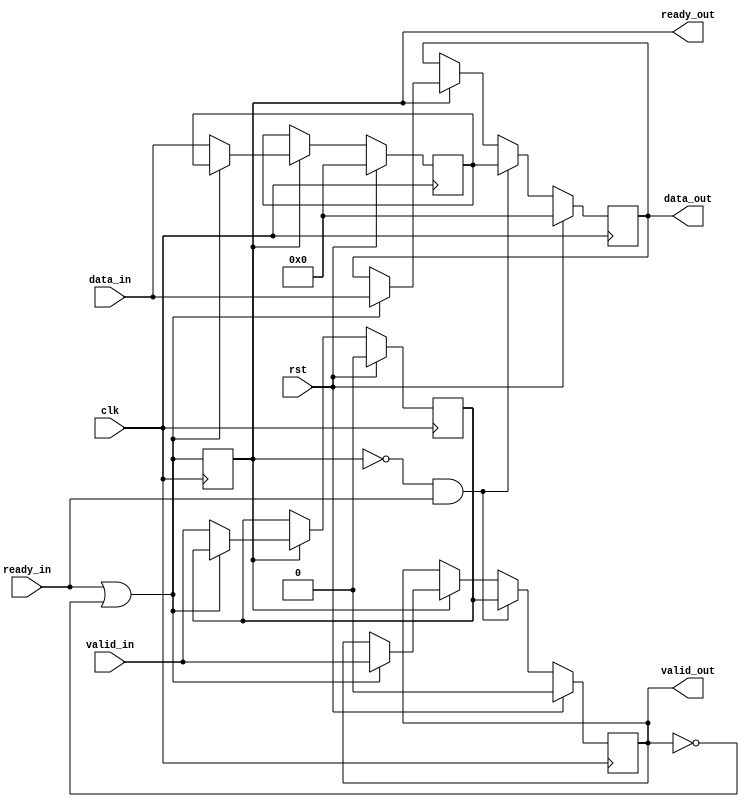
// This program was cloned from: https://github.com/CMU-SAFARI/SoftMC
// License: MIT License

`timescale 1ps / 1ps

module pipe_reg #(parameter WIDTH = 8) (
        input clk,
        input rst,
        
        input ready_in,
        input valid_in,
        input[WIDTH - 1:0] data_in,
        output valid_out,
        output[WIDTH - 1:0] data_out,
        output ready_out
    );
    
    (* keep = "true" *) reg r_ready, r_valid1, r_valid2;
    (* keep = "true" *) reg[WIDTH - 1:0] r_data1, r_data2;
    
    wire first_buf_ready = ready_in | ~r_valid1;
    
    assign data_out = r_data1;
    assign valid_out = r_valid1;
    assign ready_out = r_ready;
    
    always@(posedge clk)
    begin
        if(rst) begin
            r_data1 <= 0;
            r_data2 <= 0;
            r_ready <= 0;
            r_valid1 <= 0;
            r_valid2 <= 0;
        end
        else begin
            //data acquisition
            if(r_ready) begin
                if(first_buf_ready) begin
                    r_data1 <= data_in;
                    r_valid1 <= valid_in;
                end
                else begin
                    r_data2 <= data_in;
                    r_valid2 <= valid_in;
                end
            end //r_ready
            
            //data shift
            if(~r_ready & ready_in) begin
                r_data1 <= r_data2;
                r_valid1 <= r_valid2;
            end
        end
        
        //control
        r_ready <= first_buf_ready;
    end
endmodule